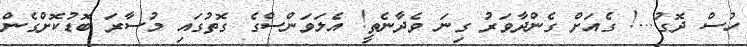
ހުސް ދޮގު...! ގެއަށް ގެންދާވަރު ގިނަ ވެދާނެތީ! އެލަވަންސްގެ ގޮތުގައި މުސާރަ ބޮޑުކޮށްގެން